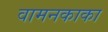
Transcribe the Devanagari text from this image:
वामनकाका